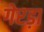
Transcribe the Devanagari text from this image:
गेरड़ा